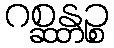
ဂစ္ဆန္တဉ္စ